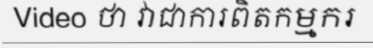
Video ថា វាជាការពិតកម្មករ